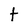
Character: t